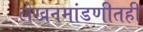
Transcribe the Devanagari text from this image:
लेखनमांडणीतही